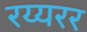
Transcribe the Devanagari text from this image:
रय्यरर